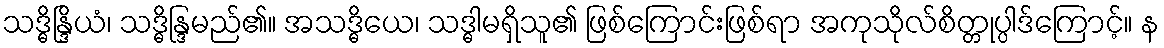
သဒ္ဓိန္ဒြိယံ၊ သဒ္ဓိန္ဒြမည်၏။ အသဒ္ဓိယေ၊ သဒ္ဓါမရှိသူ၏ ဖြစ်ကြောင်းဖြစ်ရာ အကုသိုလ်စိတ္တုပ္ပါဒ်ကြောင့်။ န